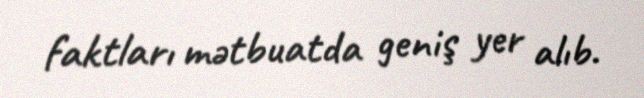
faktları mətbuatda geniş yer alıb.